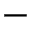
-